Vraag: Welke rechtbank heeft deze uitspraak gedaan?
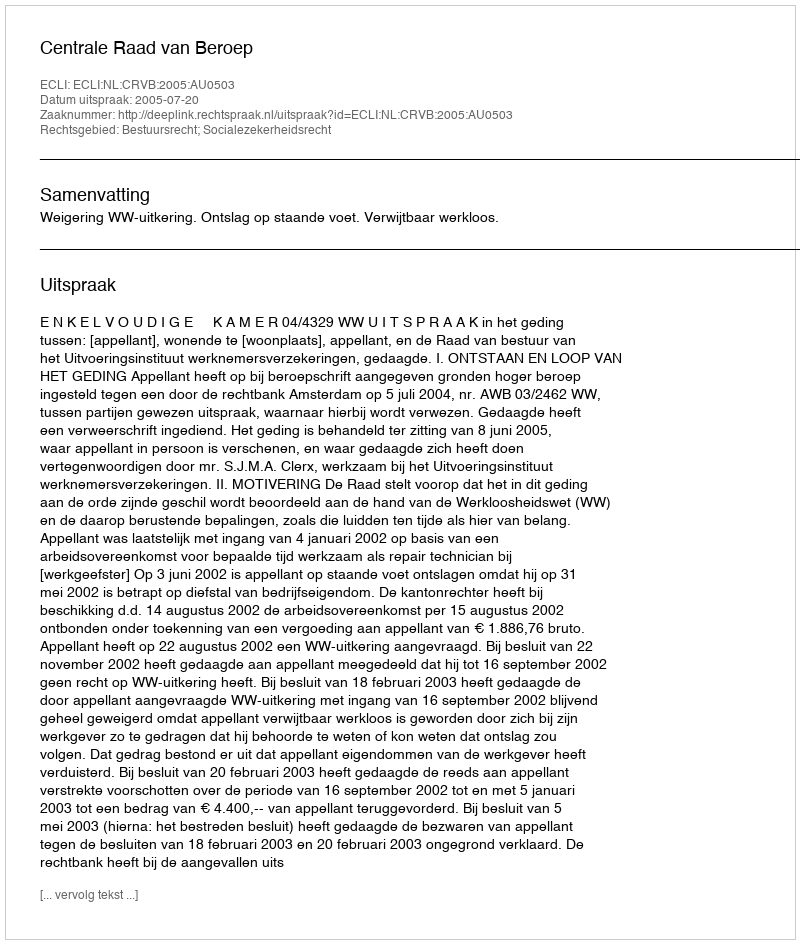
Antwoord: Centrale Raad van Beroep